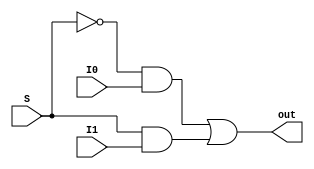
module mux1 (I1, I0, S, out);
input I1, I0, S;
output out;


assign out = (~S & I0) | (S & I1);

endmodule